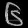
Digit: ၆